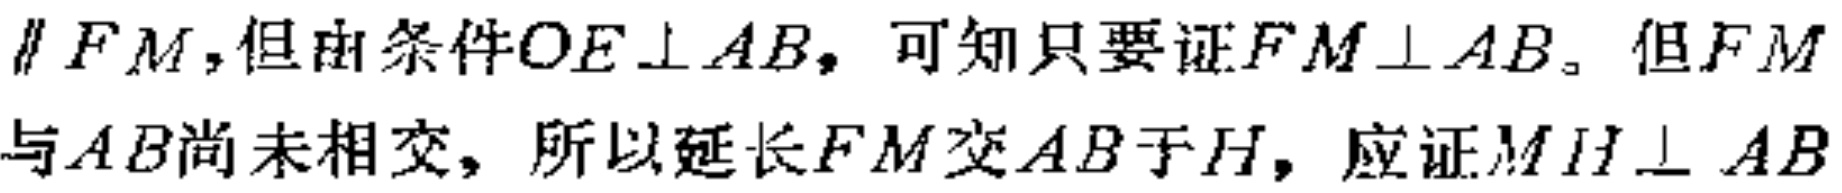
$\parallel FM$，但由条件$OE\perp AB$，可知只要证$FM\perp AB$。但$FM$与$AB$尚未相交，所以延长$FM$交$AB$于$H$，应证$MH\perp AB$